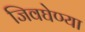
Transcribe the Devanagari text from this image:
जिवघेण्या